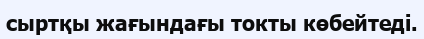
сыртқы жағындағы токты көбейтеді.